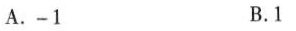
A.-1 B.1